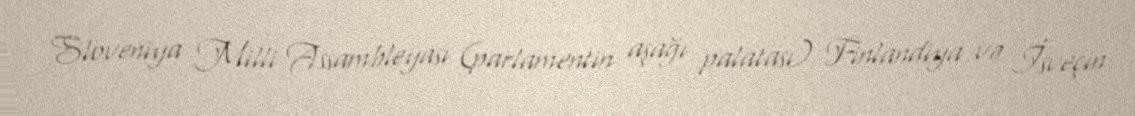
Sloveniya Milli Assambleyası (parlamentin aşağı palatası) Finlandiya və İsveçin